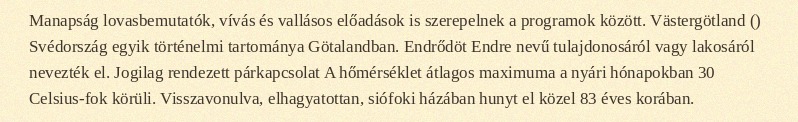
Manapság lovasbemutatók, vívás és vallásos előadások is szerepelnek a programok között. Västergötland () Svédország egyik történelmi tartománya Götalandban. Endrődöt Endre nevű tulajdonosáról vagy lakosáról nevezték el. Jogilag rendezett párkapcsolat A hőmérséklet átlagos maximuma a nyári hónapokban 30 Celsius-fok körüli. Visszavonulva, elhagyatottan, siófoki házában hunyt el közel 83 éves korában.